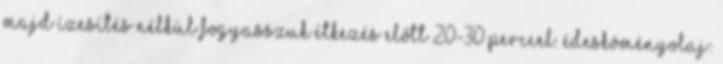
majd ízesítés nélkül fogyasszuk étkezés előtt 20-30 perccel. Édesköményolaj: